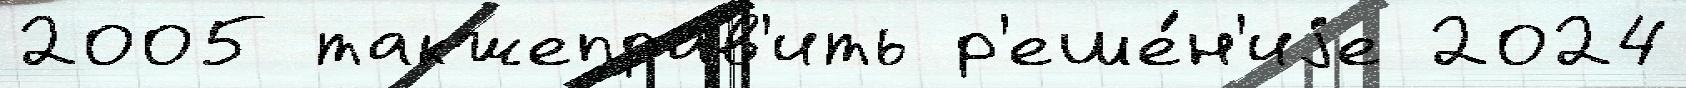
2005 такжеправ'ить р'еше́н'иjе 2024